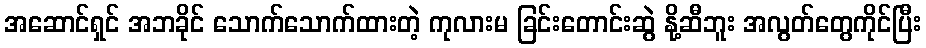
အဆောင်ရှင် အဘခိုင် သောက်သောက်ထားတဲ့ ကုလားမ ခြင်းတောင်းဆွဲ နို့ဆီဘူး အလွတ်တွေကိုင်ပြီး